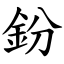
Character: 鈖